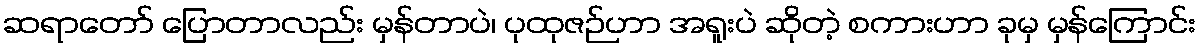
ဆရာတော် ပြောတာလည်း မှန်တာပဲ၊ ပုထုဇဉ်ဟာ အရူးပဲ ဆိုတဲ့ စကားဟာ ခုမှ မှန်ကြောင်း